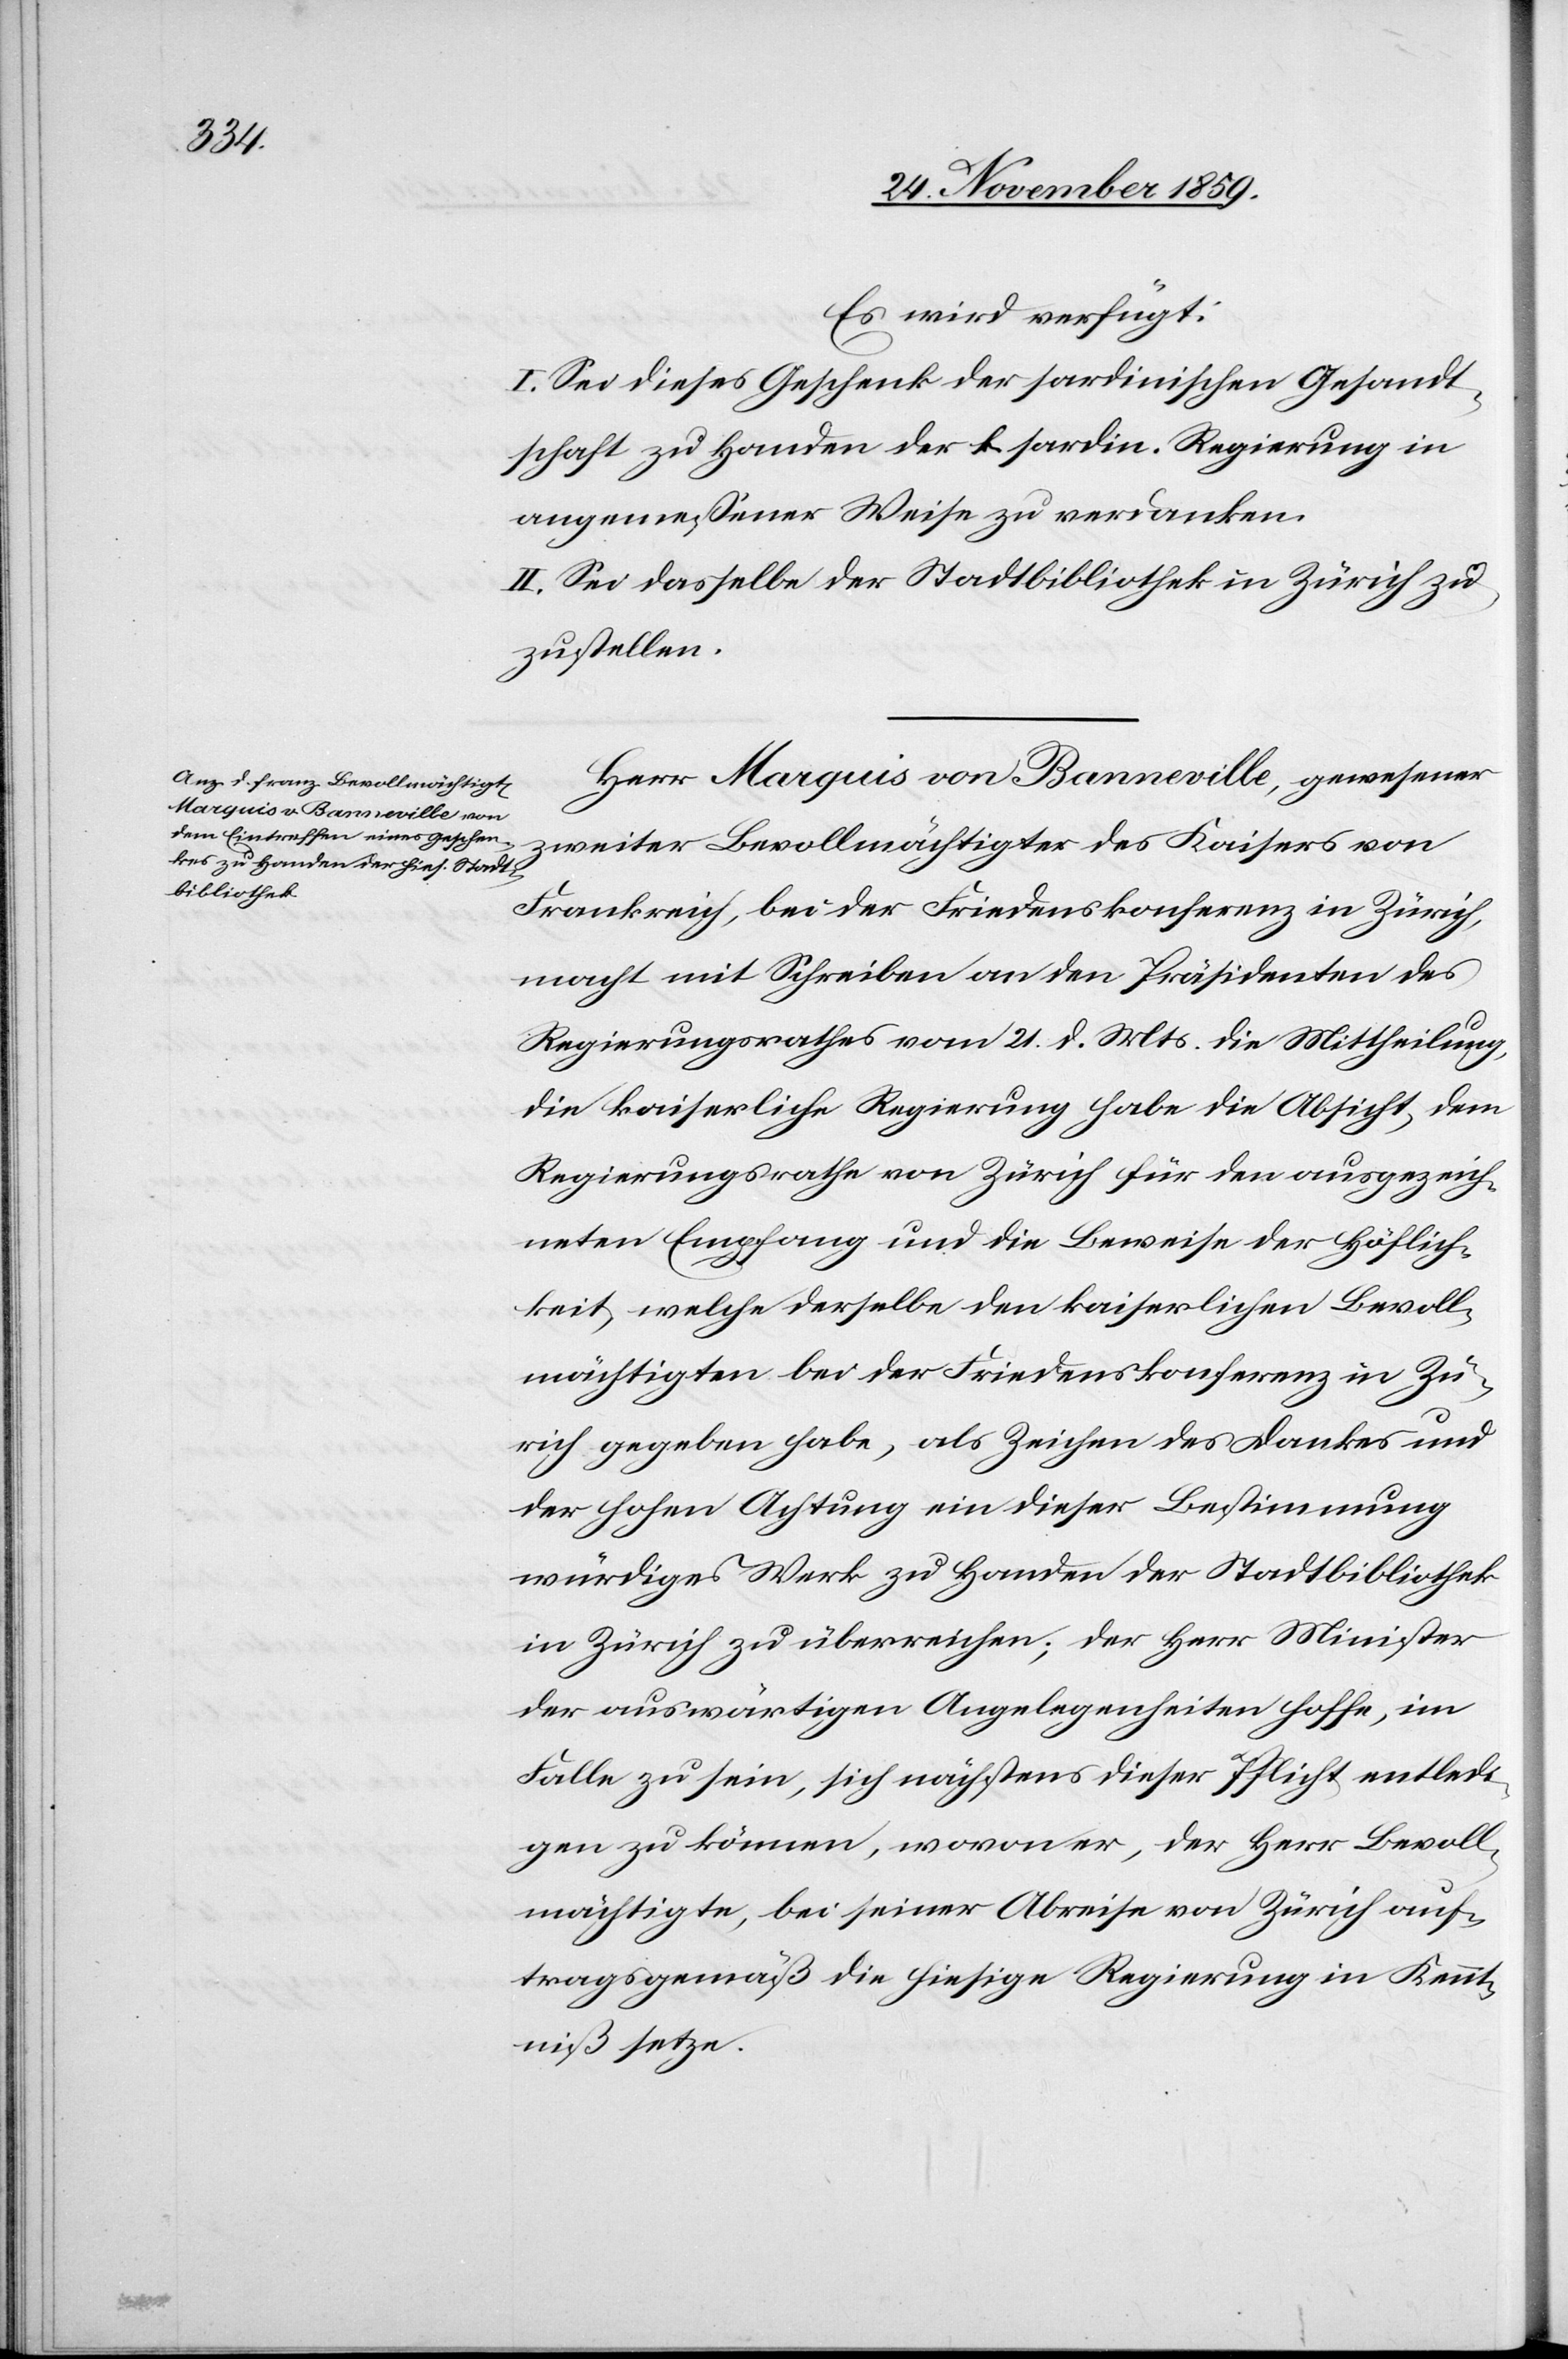
Es wird verfügt:
I. Sei dieses Geschenk der sardinischen Gesandt¬
schaft zu Handen der k. sardin. Regierung in
angemessener Weise zu verdanken.
II. Sei dasselbe der Stadtbibliothek in Zürich zu¬
zustellen.
Herr Marquis von Banneville, gewesener
zweiter Bevollmächtigter des Kaisers von
Frankreich, bei der Friedenskonferenz in Zürich,
macht mit Schreiben an den Präsidenten des
Regierungsrathes vom 21. d. Mts. die Mittheilung,
die kaiserliche Regierung habe die Absicht, dem
Regierungsrathe von Zürich für den ausgezeich¬
neten Empfang und die Beweise der Höflich¬
keit, welche derselbe den kaiserlichen Bevoll¬
mächtigten bei der Friedenskonferenz in Zü¬
rich gegeben habe, als Zeichen des Dankes und
der hohen Achtung ein dieser Bestimmung
würdiges Werk zu Handen der Stadtbibliothek
in Zürich zu überreichen; der Herr Minister
der auswärtigen Angelegenheiten hoffe, im
Falle zu sein, sich nächstens dieser Pflicht entledi¬
gen zu können, wovon er, der Herr Bevoll¬
mächtigte, bei seiner Abreise von Zürich auf¬
tragsgemäß die hiesige Regierung in Kennt¬
niß setze.